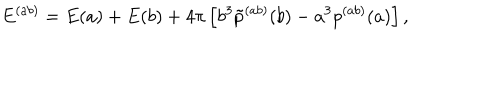
LaTeX: E ^ { ( a b ) } = E ( a ) + E ( b ) + 4 \pi \left[ b ^ { 3 } \tilde { p } ^ { ( a b ) } ( b ) - a ^ { 3 } p ^ { ( a b ) } ( a ) \right] ,